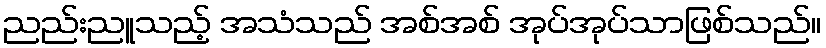
ညည်းညူသည့် အသံသည် အစ်အစ် အုပ်အုပ်သာဖြစ်သည်။